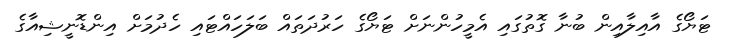
ޓަޔޯގެ އާއިލާއިން ބުނާ ގޮތުގައި އެމީހުންނަށް ޓަޔޯގެ ހަރުދަތައް ބަލަހައްޓައި ހެދުމަށް އިންޑޮނީޝިއާގެ